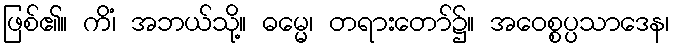
ဖြစ်၏။ ကိံ၊ အဘယ်သို့။ ဓမ္မေ၊ တရားတော်၌။ အဝေစ္စပ္ပသာဒေန၊